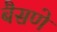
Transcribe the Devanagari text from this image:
बैसणे